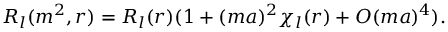
R _ { l } ( m ^ { 2 } , r ) = R _ { l } ( r ) ( 1 + ( m a ) ^ { 2 } \chi _ { l } ( r ) + O ( m a ) ^ { 4 } ) .